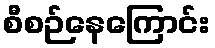
စီစဉ်နေကြောင်း